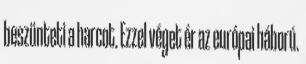
beszünteti a harcot. Ezzel véget ér az európai háború.